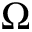
\Omega